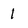
Character: 1